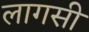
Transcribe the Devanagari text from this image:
लागसी